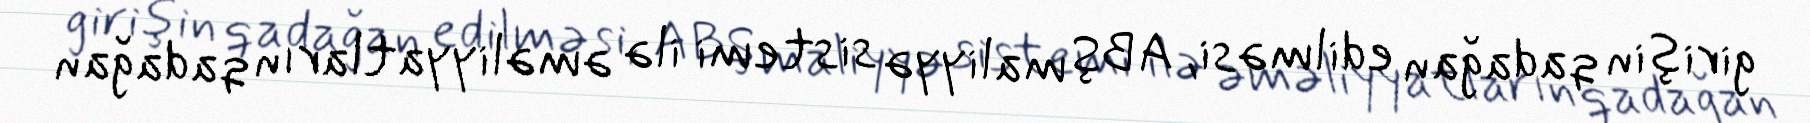
girişin qadağan edilməsi, ABŞ maliyyə sistemi ilə əməliyyatların qadağan